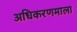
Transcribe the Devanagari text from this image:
अधिकरणमाला